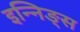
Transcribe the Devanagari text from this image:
इन्निङ्स